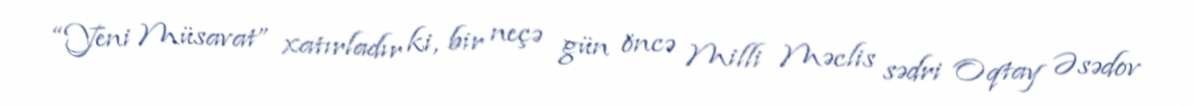
“Yeni Müsavat” xatırladır ki, bir neçə gün öncə Milli Məclis sədri Oqtay Əsədov